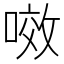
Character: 𭉲